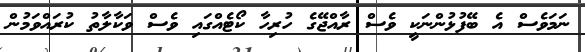
ނަމަވެސް އެ ބޭފުޅުންނަކީ ވެސް ރާއްޖޭގެ ހުރިހާ ކޯޓެއްގައި ވެސް ވަކާލާތު ކުރައްވަމުން